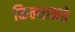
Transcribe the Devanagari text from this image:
किल्याकडे